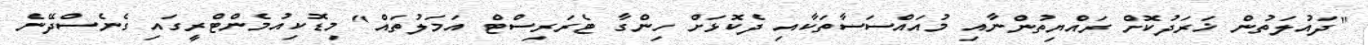
"ދައުލަތުން ޚަރަދުކޮށް ރައްޔިތުންނާއި މުއައްސަސާތަކާއި ދެކޮޅަށް ހިންގާ ޓެރަރިސްޓް އަމަލުތައް" މިޑޮކިއުމެންޓްރީގައި ގެނެސްދޭނެ